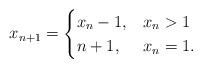
LaTeX: \begin{align*}x_{n+1} = \begin{cases} x_n-1, & x_n >1\\n+1, & x_n = 1.\end{cases}\end{align*}